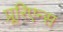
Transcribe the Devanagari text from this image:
प्रूरिएन्स